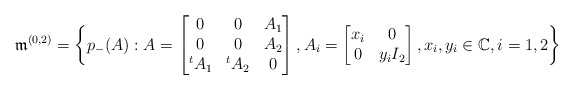
\begin{align*}\frak{m}^{(0,2)}=\bigg\{p_-(A): A=\begin{bmatrix} 0 & 0 & A_1\\ 0 & 0 & A_2\\{}^tA_1 & {}^tA_2 & 0\end{bmatrix}, A_i=\begin{bmatrix} x_i & 0\\ 0 & y_i I_2\end{bmatrix}, x_i, y_i\in\mathbb{C}, i=1,2\bigg\}\end{align*}